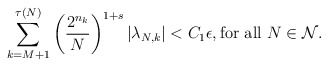
\begin{align*}\sum_{k=M+1}^{\tau(N)}\left(\frac{2^{n_{k}}}{N}\right)^{1+s}|\lambda_{N,k}|<C_{1}\epsilon,\mbox{for all}\,\,N\in\mathcal{N}.\end{align*}